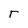
Character: r